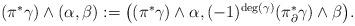
LaTeX: \begin{align*}\begin{aligned}(\pi^{*}\gamma)\wedge(\alpha,\beta):=\big((\pi^{*}\gamma)\wedge\alpha,(-1)^{\deg(\gamma)}(\pi^{*}_{\partial}\gamma)\wedge\beta\big).\end{aligned}\end{align*}